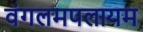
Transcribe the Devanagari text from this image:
वंगलमपलायम